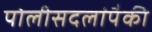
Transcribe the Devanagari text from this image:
पोलीसदलांपैकी